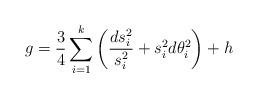
LaTeX: \begin{align*}g_{}=\frac34\sum\limits_{i=1}^k\left(\frac{ds_i^2}{s_i^2}+s_i^2d\theta_i^2\right)+h\end{align*}